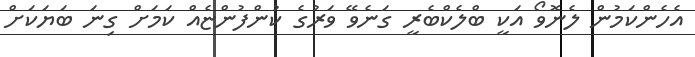
އެހެންކަމުން ލެނޮވޯ އަކީ ބްލެކްބެރީ ގަނެވޭ ވަރުގެ ކުންފުންޏެއް ކަމަށް ގިނަ ބަޔަކަށް